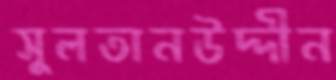
সুলতানউদ্দীন